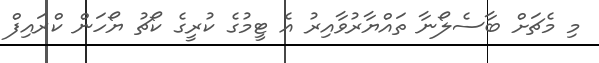
މި މެޗަށް ބާސެލޯނާ ތައްޔާރުވާއިރު އެ ޓީމުގެ ކުރީގެ ކޯޗު ޔޯހަން ކްރައިފް